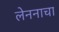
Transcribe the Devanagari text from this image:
लेननाचा